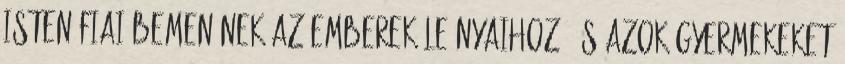
Isten fiai bemenének az emberek leányaihoz, és azok gyermekeket